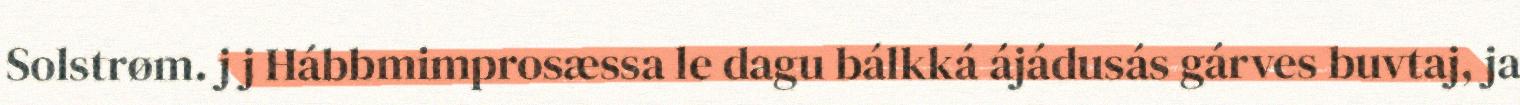
Solstrøm. j j Hábbmimprosæssa le dagu bálkká ájádusás gárves buvtaj, ja